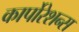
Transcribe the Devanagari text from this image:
कार्पोरेशन्स